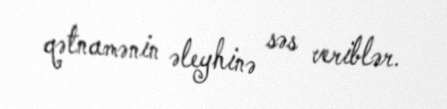
qətnamənin əleyhinə səs veriblər.